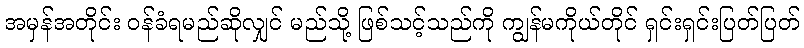
အမှန်အတိုင်း ဝန်ခံရမည်ဆိုလျှင် မည်သို့ ဖြစ်သင့်သည်ကို ကျွန်မကိုယ်တိုင် ရှင်းရှင်းပြတ်ပြတ်